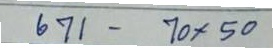
671 - 70 x 50